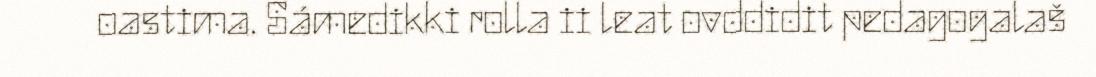
oastima. Sámedikki rolla ii leat ovddidit pedagogalaš